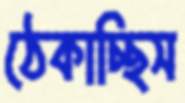
ঠেকাচ্ছিস